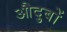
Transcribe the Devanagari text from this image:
औदुबों